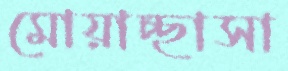
মোয়াচ্ছাসা